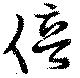
倍